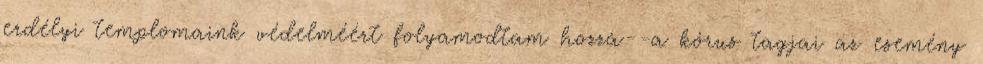
erdélyi templomaink védelméért folyamodtam hozzá--a kórus tagjai az esemény